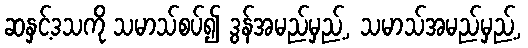
ဆနှင့်ဒသကို သမာသ်စပ်၍ ဒွန်အမည်မှည့်, သမာသ်အမည်မှည့်,